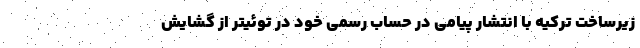
زیرساخت ترکیه با انتشار پیامی در حساب رسمی خود در توئیتر از گشایش